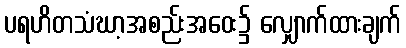
ပရဟိတသံဃာ့အစည်းအဝေး၌ လျှောက်ထားချက်